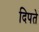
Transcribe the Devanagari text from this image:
दिपते